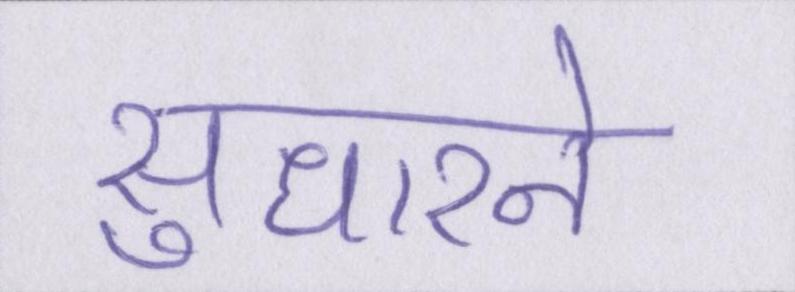
सुधारने